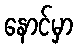
နောင်မှာ